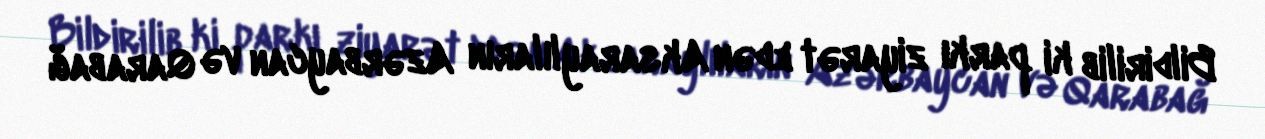
Bildirilib ki parkı ziyarət edən Aksaraylıların Azərbaycan və Qarabağ